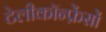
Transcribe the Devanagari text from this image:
टेलीकॉन्फ्रेंसों